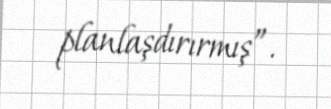
planlaşdırırmış”.